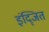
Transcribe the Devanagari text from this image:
इंद्जित